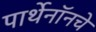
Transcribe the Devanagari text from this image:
पार्थेनॉनचे